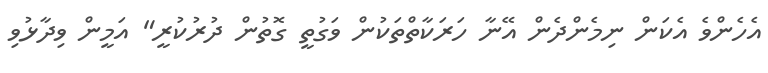
އެހެންވެ އެކަން ނިމެންދެން އޭނާ ހަރަކާތްތަކުން ވަގުތީ ގޮތުން ދުރުކުރީ" އަމީން ވިދާޅުވި